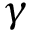
\gamma